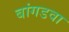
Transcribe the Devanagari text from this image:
बांगडवा